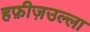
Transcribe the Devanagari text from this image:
हफ़ीज़उल्ला